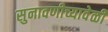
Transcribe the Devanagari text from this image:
सुनावणीच्यावेळी